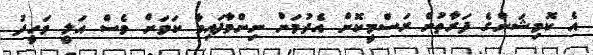
އެ ކޮމިޝަންގެ ފަރާތުން ރަސްމީކޮށް އެދުމަށް ނިންމާފައިވާ ކަމަށް ވެސް އަލީ ވަހީދު